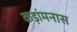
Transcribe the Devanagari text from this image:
कड़ांमनास